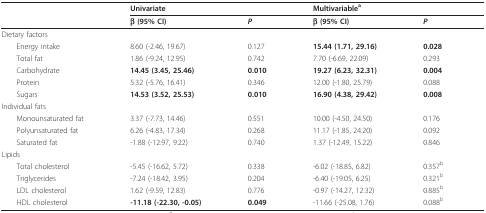
<table><thead><tr><td></td><td colspan="2"><b>Univariate</b></td><td colspan="2"><b>Multivariable<sup>a</sup></b></td></tr><tr><td></td><td><b>β (95% CI)</b></td><td><b><i>P</i></b></td><td><b>β (95% CI)</b></td><td><b><i>P</i></b></td></tr></thead><tbody><tr><td>Dietary factors</td><td></td><td></td><td></td><td></td></tr><tr><td> Energy intake</td><td>8.60 (-2.46, 19.67)</td><td>0.127</td><td><b>15.44 (1.71, 29.16)</b></td><td><b>0.028</b></td></tr><tr><td> Total fat</td><td>1.86 (-9.24, 12.95)</td><td>0.742</td><td>7.70 (-6.69, 22.09)</td><td>0.293</td></tr><tr><td> Carbohydrate</td><td><b>14.45 (3.45, 25.46)</b></td><td><b>0.010</b></td><td><b>19.27 (6.23, 32.31)</b></td><td><b>0.004</b></td></tr><tr><td> Protein</td><td>5.32 (-5.76, 16.41)</td><td>0.346</td><td>12.00 (-1.80, 25.79)</td><td>0.088</td></tr><tr><td> Sugars</td><td><b>14.53 (3.52, 25.53)</b></td><td><b>0.010</b></td><td><b>16.90 (4.38, 29.42)</b></td><td><b>0.008</b></td></tr><tr><td>Individual fats</td><td></td><td></td><td></td><td></td></tr><tr><td> Monounsaturated fat</td><td>3.37 (-7.73, 14.46)</td><td>0.551</td><td>10.00 (-4.50, 24.50)</td><td>0.176</td></tr><tr><td> Polyunsaturated fat</td><td>6.26 (-4.83, 17.34)</td><td>0.268</td><td>11.17 (-1.85, 24.20)</td><td>0.092</td></tr><tr><td> Saturated fat</td><td>-1.88 (-12.97, 9.22)</td><td>0.740</td><td>1.37 (-12.49, 15.22)</td><td>0.846</td></tr><tr><td>Lipids</td><td></td><td></td><td></td><td></td></tr><tr><td> Total cholesterol</td><td>-5.45 (-16.62, 5.72)</td><td>0.338</td><td>-6.02 (-18.85, 6.82)</td><td>0.357<sup>b</sup></td></tr><tr><td> Triglycerides</td><td>-7.24 (-18.42, 3.95)</td><td>0.204</td><td>-6.40 (-19.05, 6.25)</td><td>0.321<sup>b</sup></td></tr><tr><td> LDL cholesterol</td><td>1.62 (-9.59, 12.83)</td><td>0.776</td><td>-0.97 (-14.27, 12.32)</td><td>0.885<sup>b</sup></td></tr><tr><td> HDL cholesterol</td><td><b>-11.18 (-22.30, -0.05)</b></td><td><b>0.049</b></td><td>-11.66 (-25.08, 1.76)</td><td>0.088<sup>b</sup></td></tr></tbody></table>